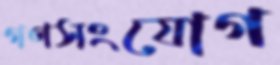
গণসংযোগ